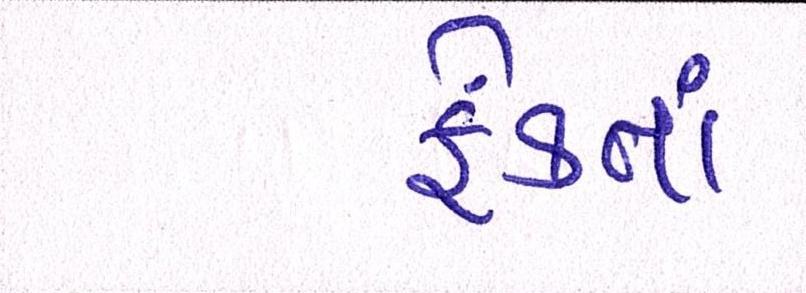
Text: ફેંકતાં